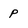
Character: P